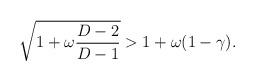
LaTeX: \begin{align*}\sqrt{1+\omega \frac{D-2}{D-1}} > 1 + \omega (1-\gamma).\end{align*}